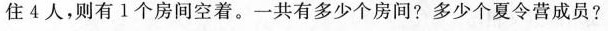
住4人，则有1个房间空着。一共有多少个房间?多少个夏令营成员?